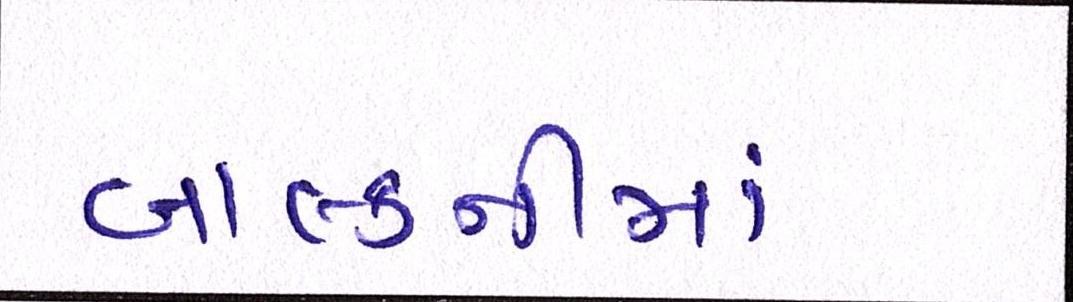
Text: બાલ્કનીમાં